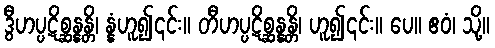
ဒွီဟပ္ပဋိစ္ဆန္နန္တိ၊ န္နံဟူ၍၎င်း။ တီဟပ္ပဋိစ္ဆန္နန္တိ၊ ဟူ၍၎င်း။ ပေ။ ဧဝံ၊ သို့။